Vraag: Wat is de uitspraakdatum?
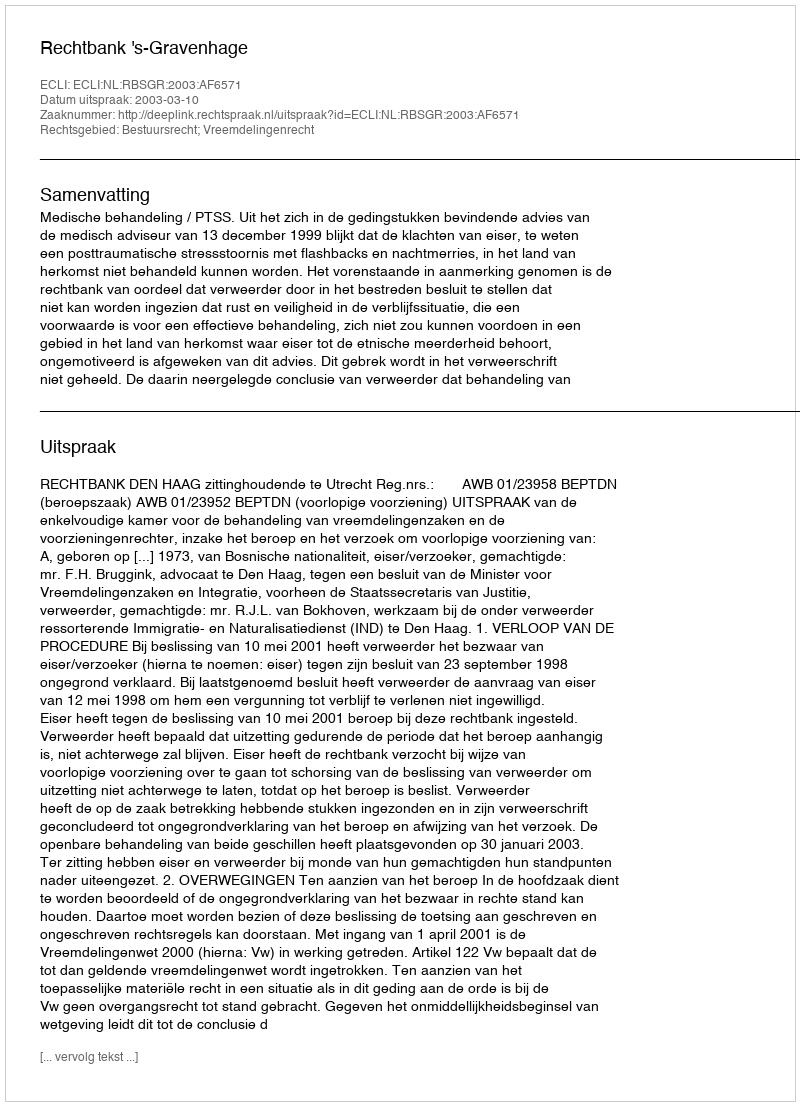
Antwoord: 2003-03-10